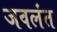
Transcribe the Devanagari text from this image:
जवलंत